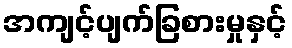
အကျင့်ပျက်ခြစားမှုနှင့်